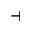
\dashv